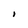
Character: 1